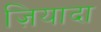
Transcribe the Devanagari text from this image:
ज़ियादा